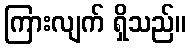
ကြားလျက် ရှိသည်။